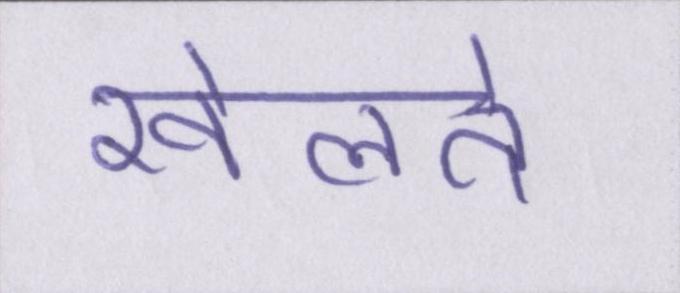
खेलते